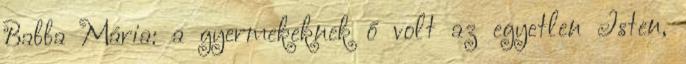
Babba Mária: a gyermekeknek ő volt az egyetlen Isten,